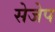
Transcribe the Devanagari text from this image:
सेजेप